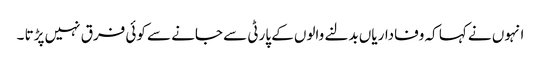
انہوں نے کہا کہ وفاداریاں بدلنے والوں کے پارٹی سے جانے سے کوئی فرق نہیں پڑتا ۔